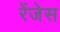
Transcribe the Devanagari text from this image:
रेंजेस